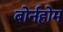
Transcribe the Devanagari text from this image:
बोर्नहोम